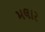
મલાર